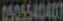
0505540401